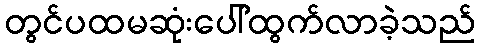
တွင်ပထမဆုံးပေါ်ထွက်လာခဲ့သည်